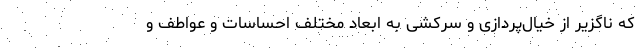
که ناگزیر از خیال‌پردازی و سرکشی به ابعاد مختلف احساسات و عواطف و